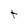
Character: t